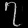
Digit: ၇